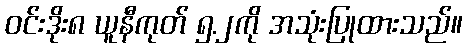
ဝင်းဒိုး၈ ယူနီကုတ် ၅.၂ကို အသုံးပြုထားသည်။